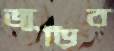
জুড়িব